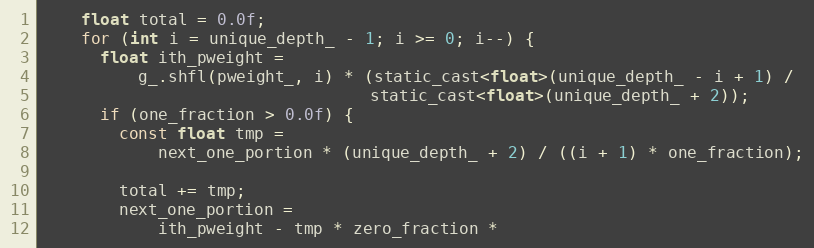
Language: C
    float total = 0.0f;
    for (int i = unique_depth_ - 1; i >= 0; i--) {
      float ith_pweight =
          g_.shfl(pweight_, i) * (static_cast<float>(unique_depth_ - i + 1) /
                                  static_cast<float>(unique_depth_ + 2));
      if (one_fraction > 0.0f) {
        const float tmp =
            next_one_portion * (unique_depth_ + 2) / ((i + 1) * one_fraction);

        total += tmp;
        next_one_portion =
            ith_pweight - tmp * zero_fraction *